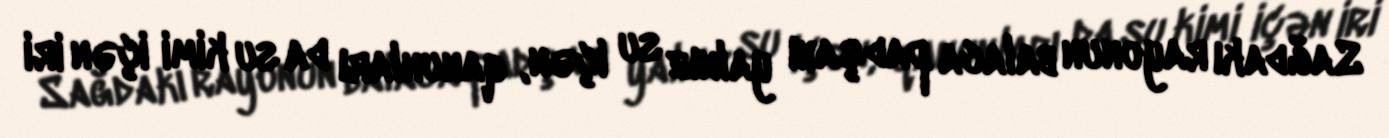
Sağdakı rayonun balaca padşahı yalnız su içən, qanunları da su kimi içən iri